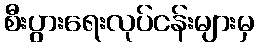
စီးပွားရေးလုပ်ငန်းများမှ